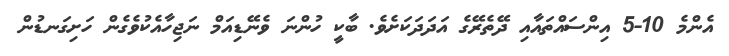
އެންމެ 10-5 އިންސައްތައާއި ދޭތެރޭގެ އަދަދަކަށެވެ. ބާކީ ހުންނަ ވެނޭޑިއަމް ނަޖިހާއެކުވެގެން ހަށިގަނޑުން